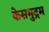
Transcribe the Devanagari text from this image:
केसमुद्रम